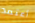
أعتمد